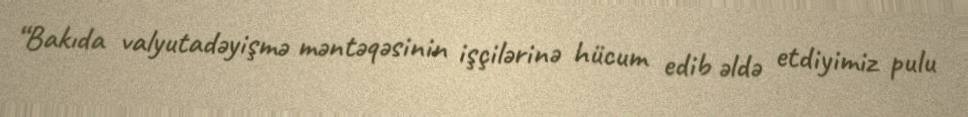
“Bakıda valyutadəyişmə məntəqəsinin işçilərinə hücum edib əldə etdiyimiz pulu